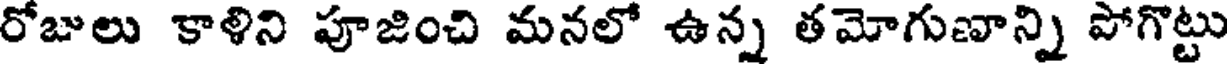
రోజులు కాళిని పూజించి మనలో ఉన్న తమోగుణాన్ని పోగొట్టు